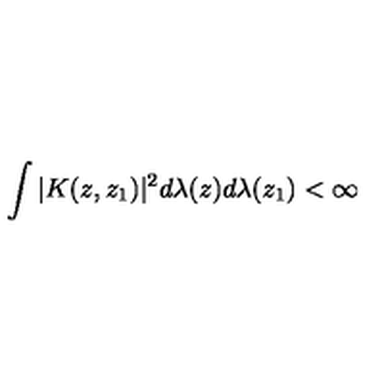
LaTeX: \int | K ( z , z _ { 1 } ) | ^ { 2 } d \lambda ( z ) d \lambda ( z _ { 1 } ) < \infty